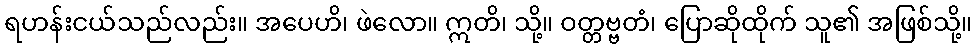
ရဟန်းငယ်သည်လည်း။ အပေဟိ၊ ဖဲလော။ ဣတိ၊ သို့။ ဝတ္တဗ္ဗတံ၊ ပြောဆိုထိုက် သူ၏ အဖြစ်သို့။